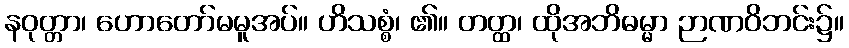
နဝုတ္တာ၊ ဟောတော်မမူအပ်။ ဟိသစ္စံ၊ ၏။ တတ္ထ၊ ထိုအဘိဓမ္မာ ဉာဏဝိဘင်း၌။